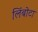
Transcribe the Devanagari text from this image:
लिंबोटा